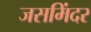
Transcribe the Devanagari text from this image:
जसमिंदर